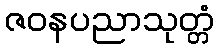
ဇဝနပညာသုတ္တံ